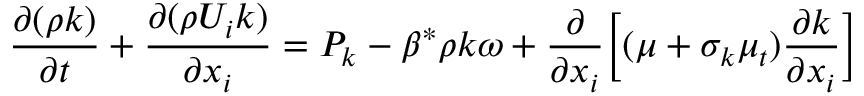
\frac { \partial ( \rho { k } ) } { \partial t } + \frac { \partial ( \rho { U _ { i } } k ) } { \partial x _ { i } } = P _ { k } - \beta ^ { * } \rho k \omega + \frac { \partial } { \partial x _ { i } } \Big [ ( \mu + \sigma _ { k } \mu _ { t } ) \frac { \partial k } { \partial x _ { i } } \Big ] \,